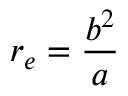
r _ { e } = { \frac { b ^ { 2 } } { a } }